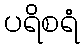
ပရိစရံ